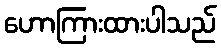
ဟောကြားထားပါသည်